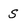
Character: s